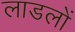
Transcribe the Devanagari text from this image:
लाडलों